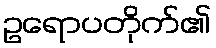
ဥရောပတိုက်၏